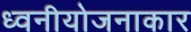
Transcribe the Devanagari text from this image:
ध्वनीयोजनाकार